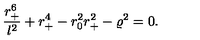
{ \frac { r _ { + } ^ { 6 } } { l ^ { 2 } } } + r _ { + } ^ { 4 } - r _ { 0 } ^ { 2 } r _ { + } ^ { 2 } - \varrho ^ { 2 } = 0 .